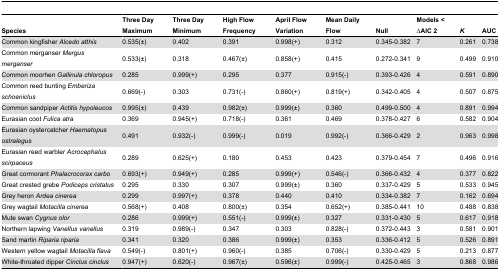
<table><thead><tr><td><b>Species</b></td><td><b>Three Day Maximum</b></td><td><b>Three Day Minimum</b></td><td><b>High Flow Frequency</b></td><td><b>April Flow Variation</b></td><td><b>Mean Daily Flow</b></td><td><b>Null</b></td><td><b>Models &lt; ∆AIC 2</b></td><td><b><i>K</i></b></td><td><b>AUC</b></td></tr></thead><tbody><tr><td>Common kingfisher <i>Alcedo atthis</i></td><td>0.535(±)</td><td>0.402</td><td>0.391</td><td>0.998(+)</td><td>0.312</td><td>0.345-0.382</td><td>7</td><td>0.261</td><td>0.738</td></tr><tr><td>Common merganser <i>Mergus merganser</i></td><td>0.533(±)</td><td>0.318</td><td>0.467(±)</td><td>0.858(+)</td><td>0.415</td><td>0.272-0.341</td><td>9</td><td>0.499</td><td>0.910</td></tr><tr><td>Common moorhen <i>Gallinula chloropus</i></td><td>0.285</td><td>0.999(+)</td><td>0.295</td><td>0.377</td><td>0.915(-)</td><td>0.393-0.426</td><td>4</td><td>0.591</td><td>0.890</td></tr><tr><td>Common reed bunting <i>Emberiza schoeniclus</i></td><td>0.669(-)</td><td>0.303</td><td>0.731(-)</td><td>0.860(+)</td><td>0.819(+)</td><td>0.342-0.405</td><td>4</td><td>0.507</td><td>0.875</td></tr><tr><td>Common sandpiper <i>Actitis hypoleucos</i></td><td>0.995(±)</td><td>0.439</td><td>0.982(±)</td><td>0.999(±)</td><td>0.360</td><td>0.499-0.500</td><td>4</td><td>0.891</td><td>0.994</td></tr><tr><td>Eurasian coot <i>Fulica atra</i></td><td>0.369</td><td>0.945(+)</td><td>0.718(-)</td><td>0.361</td><td>0.469</td><td>0.378-0.427</td><td>6</td><td>0.582</td><td>0.904</td></tr><tr><td>Eurasian oystercatcher <i>Haematopus ostralegus</i></td><td>0.491</td><td>0.932(-)</td><td>0.999(-)</td><td>0.019</td><td>0.992(-)</td><td>0.366-0.429</td><td>2</td><td>0.963</td><td>0.998</td></tr><tr><td>Eurasian reed warbler <i>Acrocephalus scirpaceus</i></td><td>0.289</td><td>0.625(+)</td><td>0.180</td><td>0.453</td><td>0.423</td><td>0.379-0.454</td><td>7</td><td>0.496</td><td>0.916</td></tr><tr><td>Great cormorant <i>Phalacrocorax carbo</i></td><td>0.693(+)</td><td>0.949(+)</td><td>0.285</td><td>0.999(+)</td><td>0.546(-)</td><td>0.366-0.432</td><td>4</td><td>0.377</td><td>0.822</td></tr><tr><td>Great crested grebe <i>Podiceps cristatus</i></td><td>0.295</td><td>0.330</td><td>0.307</td><td>0.999(±)</td><td>0.360</td><td>0.337-0.429</td><td>5</td><td>0.533</td><td>0.945</td></tr><tr><td>Grey heron <i>Ardea cinerea</i></td><td>0.299</td><td>0.997(+)</td><td>0.378</td><td>0.440</td><td>0.410</td><td>0.334-0.382</td><td>7</td><td>0.162</td><td>0.694</td></tr><tr><td>Grey wagtail <i>Motacilla cinerea</i></td><td>0.568(+)</td><td>0.408</td><td>0.800(±)</td><td>0.354</td><td>0.652(+)</td><td>0.385-0.441</td><td>10</td><td>0.488</td><td>0.838</td></tr><tr><td>Mute swan <i>Cygnus olor</i></td><td>0.286</td><td>0.999(+)</td><td>0.551(-)</td><td>0.999(±)</td><td>0.327</td><td>0.331-0.430</td><td>5</td><td>0.617</td><td>0.918</td></tr><tr><td>Northern lapwing <i>Vanellus vanellus</i></td><td>0.319</td><td>0.989(-)</td><td>0.347</td><td>0.303</td><td>0.828(-)</td><td>0.372-0.443</td><td>3</td><td>0.581</td><td>0.901</td></tr><tr><td>Sand martin <i>Riparia riparia</i></td><td>0.341</td><td>0.320</td><td>0.386</td><td>0.999(±)</td><td>0.353</td><td>0.336-0.412</td><td>5</td><td>0.526</td><td>0.891</td></tr><tr><td>Western yellow wagtail <i>Motacilla flava</i></td><td>0.549(-)</td><td>0.801(+)</td><td>0.960(-)</td><td>0.385</td><td>0.706(-)</td><td>0.330-0.429</td><td>5</td><td>0.213</td><td>0.877</td></tr><tr><td>White-throated dipper <i>Cinclus cinclus</i></td><td>0.947(+)</td><td>0.620(-)</td><td>0.967(±)</td><td>0.596(±)</td><td>0.999(-)</td><td>0.425-0.465</td><td>3</td><td>0.868</td><td>0.986</td></tr></tbody></table>